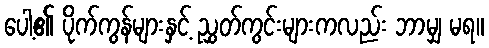
ပေါ့၏ ပိုက်ကွန်များနှင့် ညွှတ်ကွင်းများကလည်း ဘာမျှ မရ။